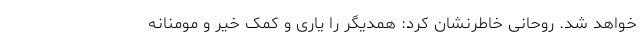
خواهد شد. روحانی خاطرنشان کرد: همدیگر را یاری و کمک خیر و مومنانه